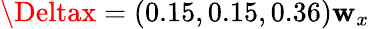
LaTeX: \Deltax=(0.15,0.15,0.36)\mathbf{w}_{x}